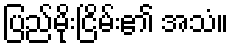
ပြည်မိုးငြိမ်း၏ အသံ။